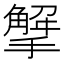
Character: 𢵠